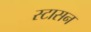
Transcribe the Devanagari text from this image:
स्टासन